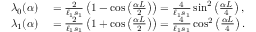
\begin{array} { r l } { \lambda _ { 0 } ( \alpha ) } & { { } = \frac { 2 } { \ell _ { 1 } s _ { 1 } } \left( 1 - \cos \left( \frac { \alpha L } { 2 } \right) \right) = \frac { 4 } { \ell _ { 1 } s _ { 1 } } \sin ^ { 2 } \left( \frac { \alpha L } { 4 } \right) , } \\ { \lambda _ { 1 } ( \alpha ) } & { { } = \frac { 2 } { \ell _ { 1 } s _ { 1 } } \left( 1 + \cos \left( \frac { \alpha L } { 2 } \right) \right) = \frac { 4 } { \ell _ { 1 } s _ { 1 } } \cos ^ { 2 } \left( \frac { \alpha L } { 4 } \right) . } \end{array}